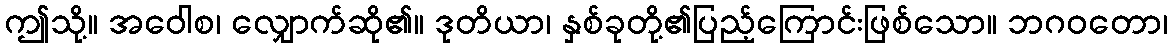
ဤသို့။ အဝေါစ၊ လျှောက်ဆို၏။ ဒုတိယာ၊ နှစ်ခုတို့၏ပြည့်ကြောင်းဖြစ်သော။ ဘဂဝတော၊